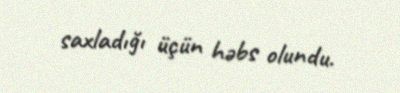
saxladığı üçün həbs olundu.